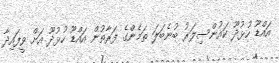
އައްޑޫ ހުޅުދޫ ކައުންސިލަރު ބުނެބަލަ ތަމެންގެ ފަރާތުން އައްޑޫ ހުޅުދޫ އަށް ވީފައިދާ